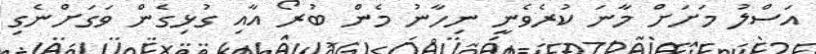
އަސްލު މަށަށް މާނަ ކުރެވެނީ ނިހާނު މެން ބުރޯ އާއި ގުޅިގެން ވަގަށްނެގި